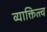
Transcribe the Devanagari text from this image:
व्याक्तित्त्व